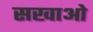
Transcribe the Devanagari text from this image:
सखाओ